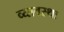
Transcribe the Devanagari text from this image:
व्यावस्था